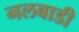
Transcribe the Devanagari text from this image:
नलबाडी